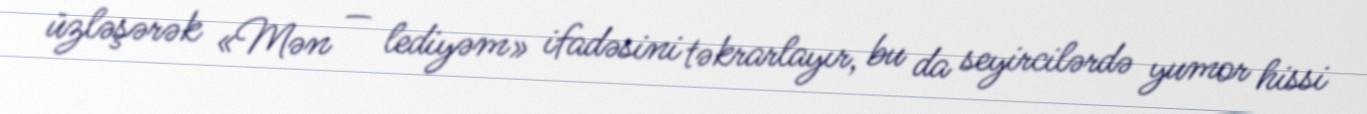
üzləşərək «Mən — lediyəm» ifadəsini təkrarlayır, bu da seyircilərdə yumor hissi